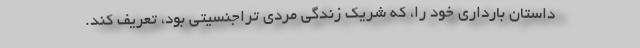
داستان بارداری خود را، که شریک زندگی مردی تراجنسیتی بود، تعریف کند.